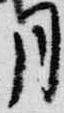
月